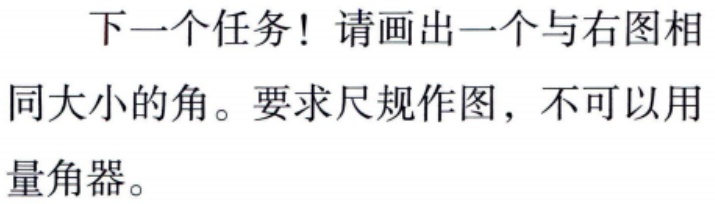
下一个任务！请画出一个与右图相同大小的角。要求尺规作图，不可以用量角器。